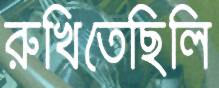
রুখিতেছিলি